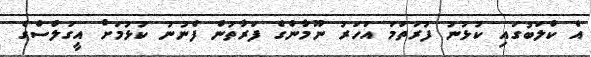
އެ ކްލަބުގައި ކުޅުނު ފުރަތަމަ އަހަރު ނޫމާންގެ ފަރާތުން ފެނުނު ކުޅުމަށް އީގަލްސްގެ